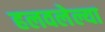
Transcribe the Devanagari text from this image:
हलवलेल्या